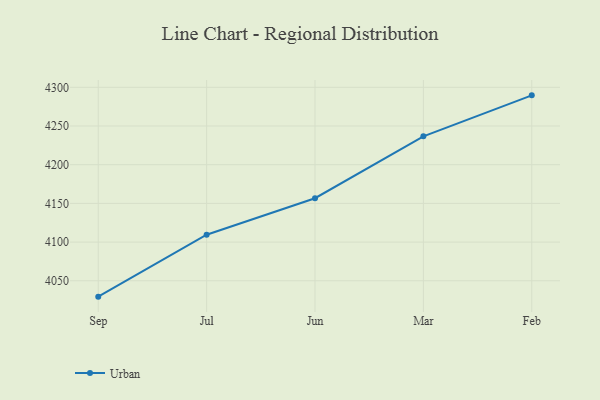
{"axis": {"x": "Month", "y": "Headcount"}, "legend": ["Urban"], "data": [{"x": "Sep", "y": 4029.5, "type": "Urban"}, {"x": "Jul", "y": 4109.5, "type": "Urban"}, {"x": "Jun", "y": 4156.7, "type": "Urban"}, {"x": "Mar", "y": 4236.6, "type": "Urban"}, {"x": "Feb", "y": 4289.6, "type": "Urban"}]}